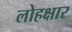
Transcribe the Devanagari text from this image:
लोहक्षार